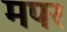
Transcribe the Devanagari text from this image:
मपर